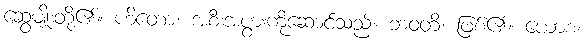
ဆွေမျိုးတို့၏။ ဟိတော၊ အစီးအပွားကိုဆောင်သည်။ ဘဝတိ၊ ဖြစ်၏။ ယောစ၊